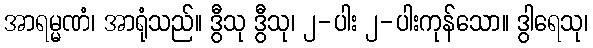
အာရမ္မဏံ၊ အာရုံသည်။ ဒွီသု ဒွီသု၊ ၂-ပါး ၂-ပါးကုန်သော။ ဒွါရေသု၊